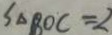
S _ { \Delta B O C } = 2